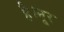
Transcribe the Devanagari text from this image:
है।नूर